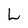
Character: L